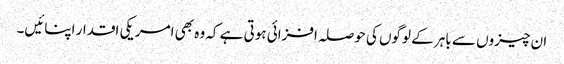
ان چیزوں سے باہر کے لوگوں کی حوصلہ افزائی ہوتی ہے کہ وہ بھی امریکی اقدار اپنائیں۔